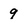
Character: 9